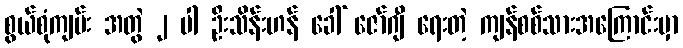
စွယ်စုံကျမ်း အတွဲ ၂ ပါ ဦးသိန်းဟန် ခေါ် ဇော်ဂျီ ရေးတဲ့ ကျန်စစ်သားအကြောင်းမှာ